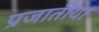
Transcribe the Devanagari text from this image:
प्रजातीया